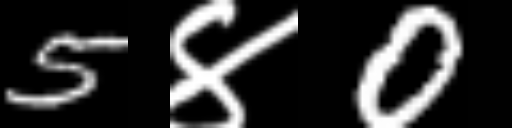
Text: 5४0